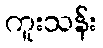
ကူးသန်း